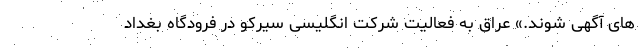
های آگهی شوند.» عراق به فعالیت شرکت انگلیسی سیرکو در فرودگاه بغداد